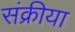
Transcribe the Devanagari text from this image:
संक्रीया